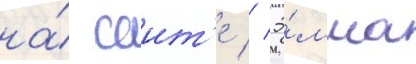
на́ саит'е // Э́мма